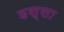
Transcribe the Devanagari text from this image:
हस्सा